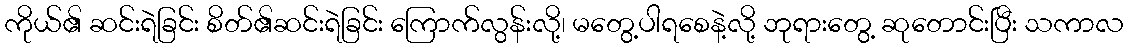
ကိုယ်၏ ဆင်းရဲခြင်း စိတ်၏ဆင်းရဲခြင်း ကြောက်လွန်းလို့၊ မတွေ့ပါရစေနဲ့လို့ ဘုရားတွေ့ ဆုတောင်းပြီး သကာလ